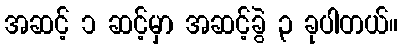
အဆင့် ၁ ဆင့်မှာ အဆင့်ခွဲ ၃ ခုပါတယ်။